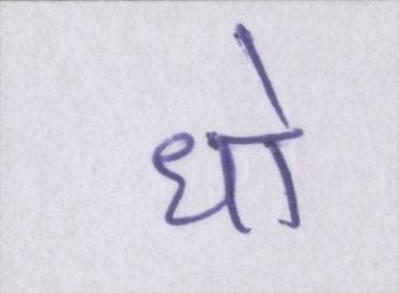
धो